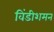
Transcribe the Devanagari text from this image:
विंडीशमन